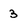
Character: 3